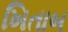
ખિતાબ